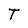
Character: T